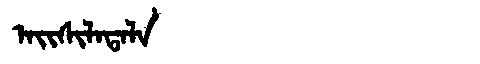
Manchu: ᠠᡳᠰᡳᠯᠠᡨᠠᠯᠠ
Romanization: AISILATALA